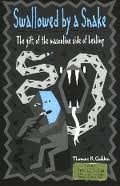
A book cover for Swallowed by a Snake: The Gift of the Masculine Side of Healing 2nd (second) edition; Thomas R. Golden; Health, Fitness & Dieting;